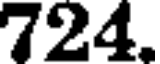
724.